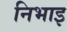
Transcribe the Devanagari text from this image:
निभाइ